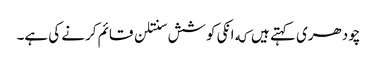
چودھری کہتے ہیں که انکی کوشش سنتلن قائم کرنے کی ہے۔